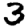
Digit: 3